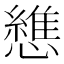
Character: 𢣘